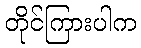
တိုင်ကြားပါက